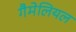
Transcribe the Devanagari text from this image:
गैमेलियल